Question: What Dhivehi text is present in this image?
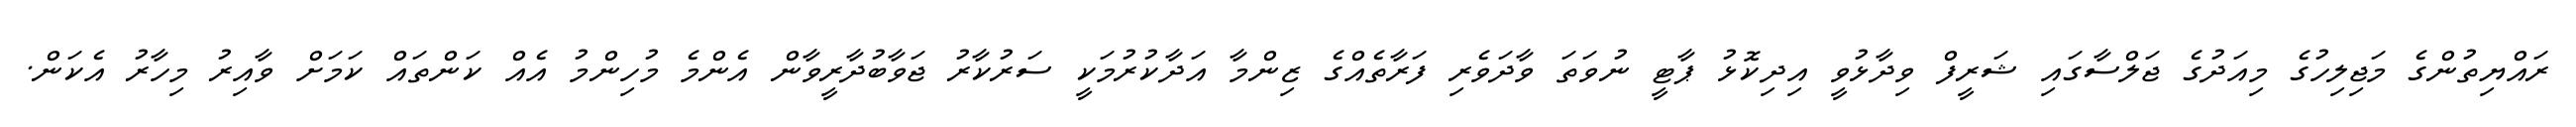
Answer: ރައްޔިތުންގެ މަޖިލިހުގެ މިއަދުގެ ޖަލްސާގައި ޝަރީފް ވިދާޅުވީ އިދިކޮޅު ޕާޓީ ނުވަތަ ވާދަވެރި ފަރާތެއްގެ ޒިންމާ އަދާކުރުމަކީ ސަރުކާރު ޖަވާބުދާރީވާން އެންމެ މުހިންމު އެއް ކަންތައް ކަމަށް ވާއިރު މިހާރު އެކަން.